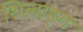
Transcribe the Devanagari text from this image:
शिलाङ्ग